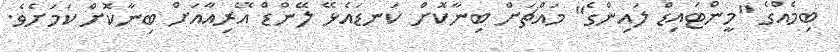
ބިމެއްގެ "މީންޓައިޑް ލައިންގެ" މައްޗަށް ބިނާކޮށް ކަނޑައެޅޭ ލޭންޑް އޭރިއާއަށް ބިނާކޮށް ކަމަށެވެ.